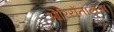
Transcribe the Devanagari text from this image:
ओरियेंतालेस